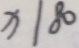
x / 8 0